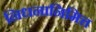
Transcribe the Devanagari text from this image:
निधनानिमित्त